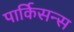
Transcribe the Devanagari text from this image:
पार्किसन्स